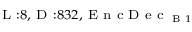
_ { \textrm { L } : 8 , \textrm { D } : 8 3 2 , \textrm { E n c D e c } _ { \textrm { B } 1 } }